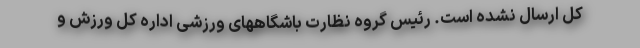
کل ارسال نشده است. رئیس گروه نظارت باشگاههای ورزشی اداره کل ورزش و